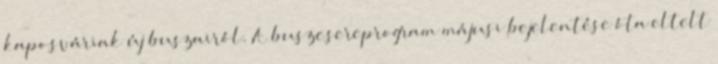
kaposváriak új buszairól. A buszcsereprogram májusi bejelentése óta eltelt